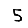
Digit: 5